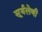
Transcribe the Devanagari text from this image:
सूर्यलेणी